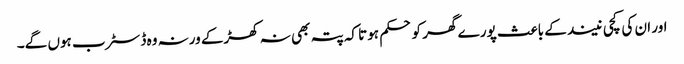
اور ان کی کچی نیند کے باعث پورے گھر کو حکم ہوتا کہ پتہ بھی نہ کھڑکے ورنہ وہ ڈسٹرب ہوں گے۔